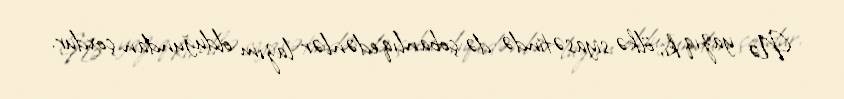
Nə yazıq ki, ölkə siyasətində də çobanlıq edənlər lazım olduğundan çoxdur.